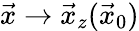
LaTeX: \vec{x}\rightarrow\vec{x}_{z}(\vec{x}_{0})